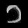
Digit: ၁